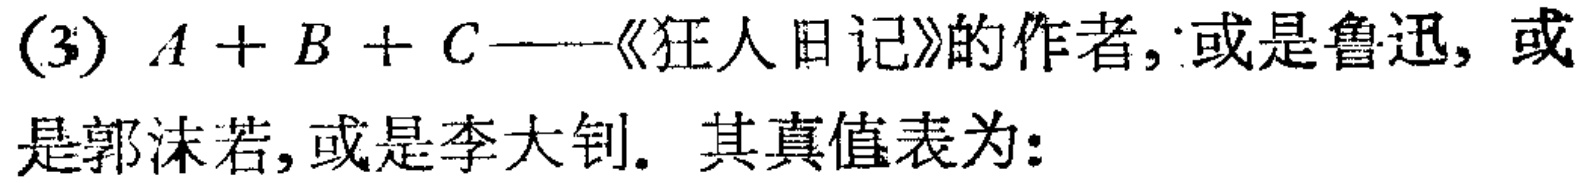
(3) \(A + B + C\)——《狂人日记》的作者, 或是鲁迅, 或

是郭沫若, 或是李大钊. 其真值表为: